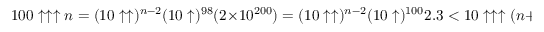
1 0 0 \uparrow \uparrow \uparrow n = ( 1 0 \uparrow \uparrow ) ^ { n - 2 } ( 1 0 \uparrow ) ^ { 9 8 } ( 2 \times 1 0 ^ { 2 0 0 } ) = ( 1 0 \uparrow \uparrow ) ^ { n - 2 } ( 1 0 \uparrow ) ^ { 1 0 0 } 2 . 3 < 1 0 \uparrow \uparrow \uparrow ( n + 1 )